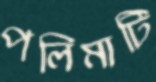
পলিমাটি